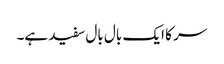
سر کا ایک بال بال سفید ہے۔